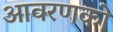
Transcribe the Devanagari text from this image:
आवरणको